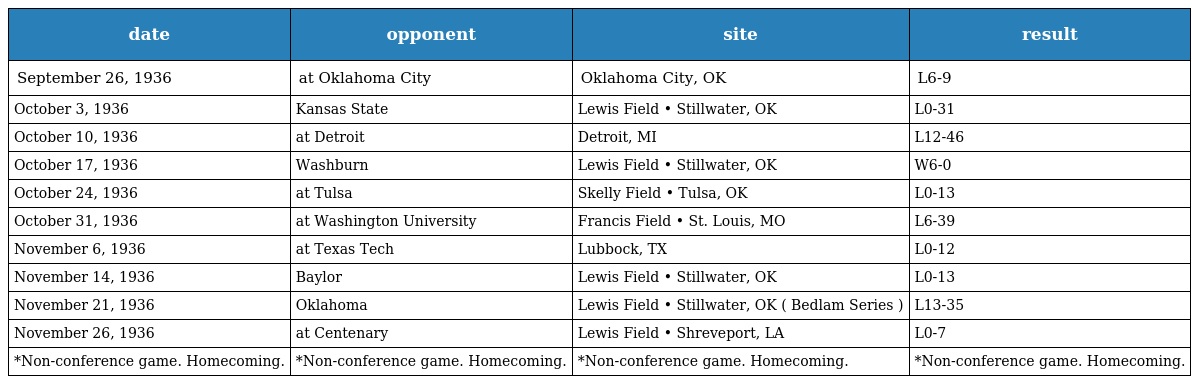
| date | opponent | site | result |
 | --- | --- | --- | --- |
 | September 26, 1936 | at Oklahoma City | Oklahoma City, OK | L6-9 |
 | October 3, 1936 | Kansas State | Lewis Field • Stillwater, OK | L0-31 |
 | October 10, 1936 | at Detroit | Detroit, MI | L12-46 |
 | October 17, 1936 | Washburn | Lewis Field • Stillwater, OK | W6-0 |
 | October 24, 1936 | at Tulsa | Skelly Field • Tulsa, OK | L0-13 |
 | October 31, 1936 | at Washington University | Francis Field • St. Louis, MO | L6-39 |
 | November 6, 1936 | at Texas Tech | Lubbock, TX | L0-12 |
 | November 14, 1936 | Baylor | Lewis Field • Stillwater, OK | L0-13 |
 | November 21, 1936 | Oklahoma | Lewis Field • Stillwater, OK ( Bedlam Series ) | L13-35 |
 | November 26, 1936 | at Centenary | Lewis Field • Shreveport, LA | L0-7 |
 | *Non-conference game. Homecoming. | *Non-conference game. Homecoming. | *Non-conference game. Homecoming. | *Non-conference game. Homecoming. |